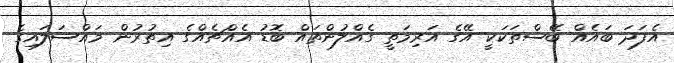
އެފަދަ ބައެއް ބޭސްތަކަކީ އޭގެ އަރިމަތީ ގެއްލުންތައް ބޮޑު އެއްޗެއްގެ އިތުރުން މައްސަލައިގެ